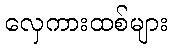
လှေကားထစ်များ